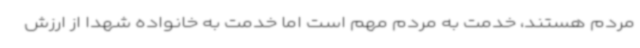
مردم هستند، خدمت به مردم مهم است اما خدمت به خانواده شهدا از ارزش